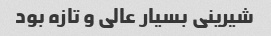
شیرینی بسیار عالی و تازه بود